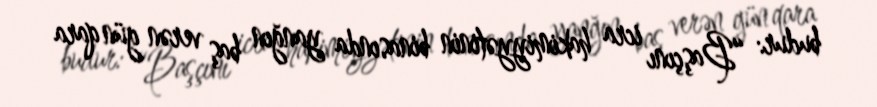
budur: “Başçını icra hakimiyyətinin binasında yanğın baş verən gün qara